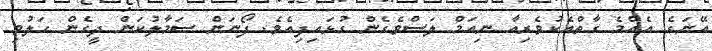
އޭނަގެ އެއްމެ ގާތްއެކުވެރިއާ ނިއަމް ލަސްވެގެން ގުޅައިފިއެވެ. ފޯނަން ސަމާލުކަން ދީގެން ހަލުވި